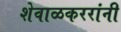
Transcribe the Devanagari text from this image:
शेवाळकररांनी